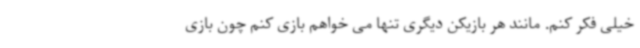
خیلی فکر کنم. مانند هر بازیکن دیگری تنها می خواهم بازی کنم چون بازی